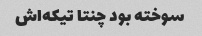
سوخته بود چنتا تیکه‌اش